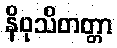
နိဝုသိတတ္တာ